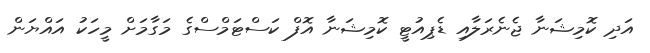
އަދި ކޮމިޝަނާ ޖެނެރަލާއި ޑެޕިއުޓީ ކޮމިޝަނާ އޮފް ކަސްޓަމްސްގެ މަގާމަށް މީހަކު އައްޔަން